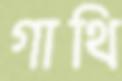
গাথি